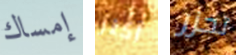
إمساك أكثر تحزر